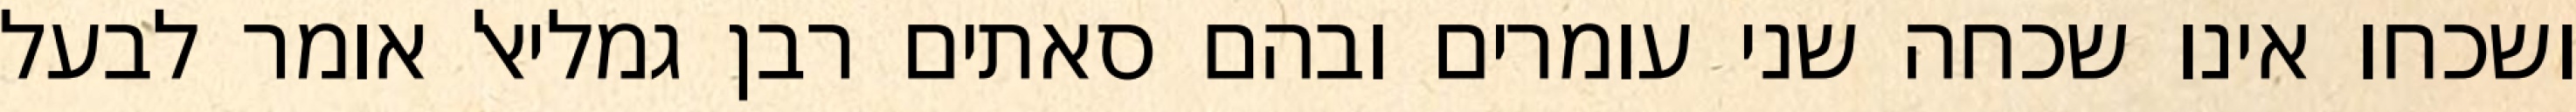
ושכחו אינו שכחה שני עומרים ובהם סאתים רבן גמליאל אומר לבעל